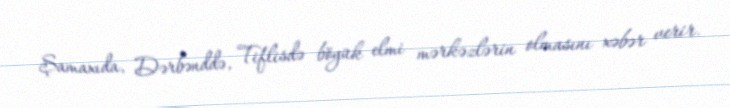
Şamaxıda, Dərbənddə, Tiflisdə böyük elmi mərkəzlərin olmasını xəbər verir.